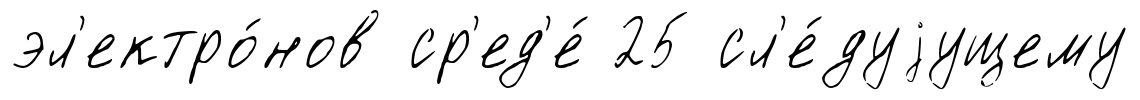
эл'ектро́нов ср'ед'е́ 25 сл'е́дуjущему